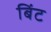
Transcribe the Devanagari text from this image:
बिंट